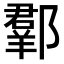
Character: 𨞗